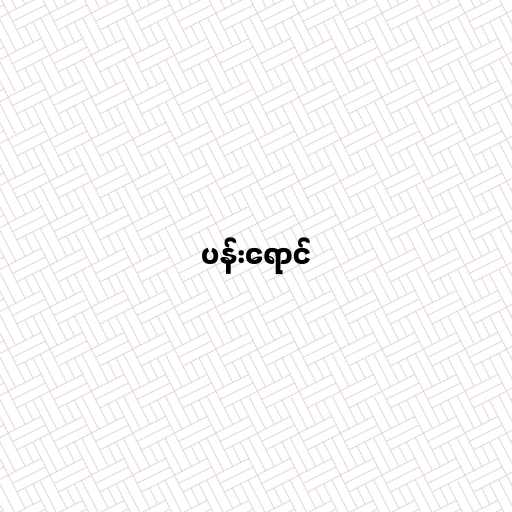
ပန်းရောင်